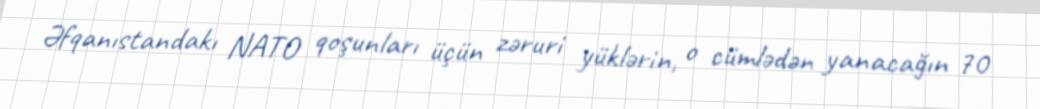
Əfqanıstandakı NATO qoşunları üçün zəruri yüklərin, o cümlədən yanacağın 70